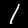
Digit: 1